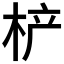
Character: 𰗡